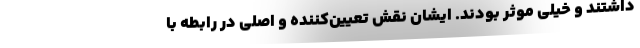
داشتند و خیلی موثر بودند. ایشان نقش تعیین‌کننده و اصلی در رابطه با